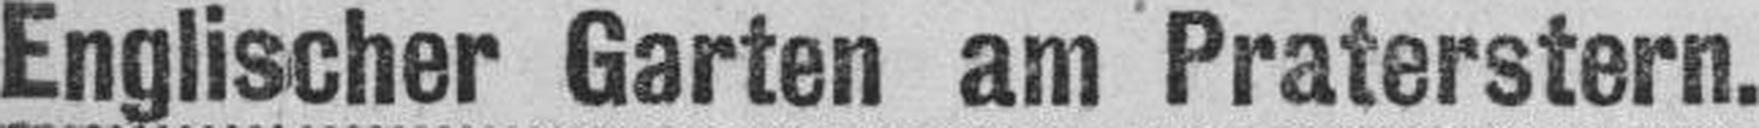
Englischer Garten am Praterstern.